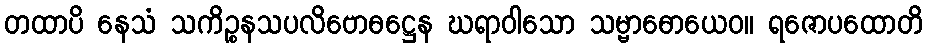
တထာပိ နေသံ သကိဉ္စနသပလိဗောဓဋ္ဌေန ဃရာဝါသော သမ္ဗာဓောယေဝ။ ရဇောပထောတိ